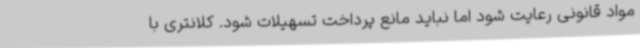
مواد قانونی رعایت شود اما نباید مانع پرداخت تسهیلات شود. کلانتری با